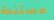
مستندة